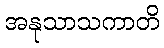
အနုသာသကာတိ